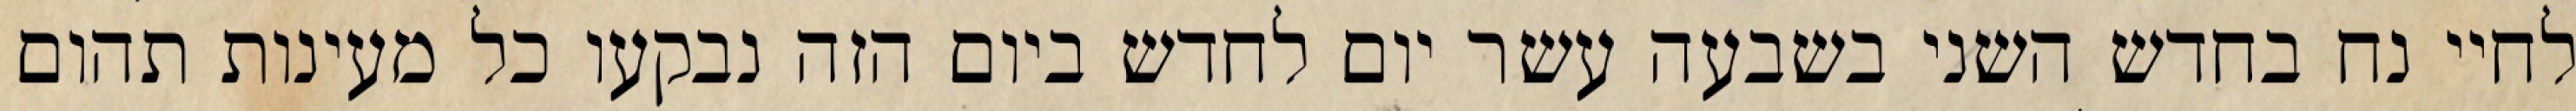
לחיי נח בחדש השני בשבעה עשר יום לחדש ביום הזה נבקעו כל מעינות תהום